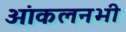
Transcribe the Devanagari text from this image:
आंकलनभी